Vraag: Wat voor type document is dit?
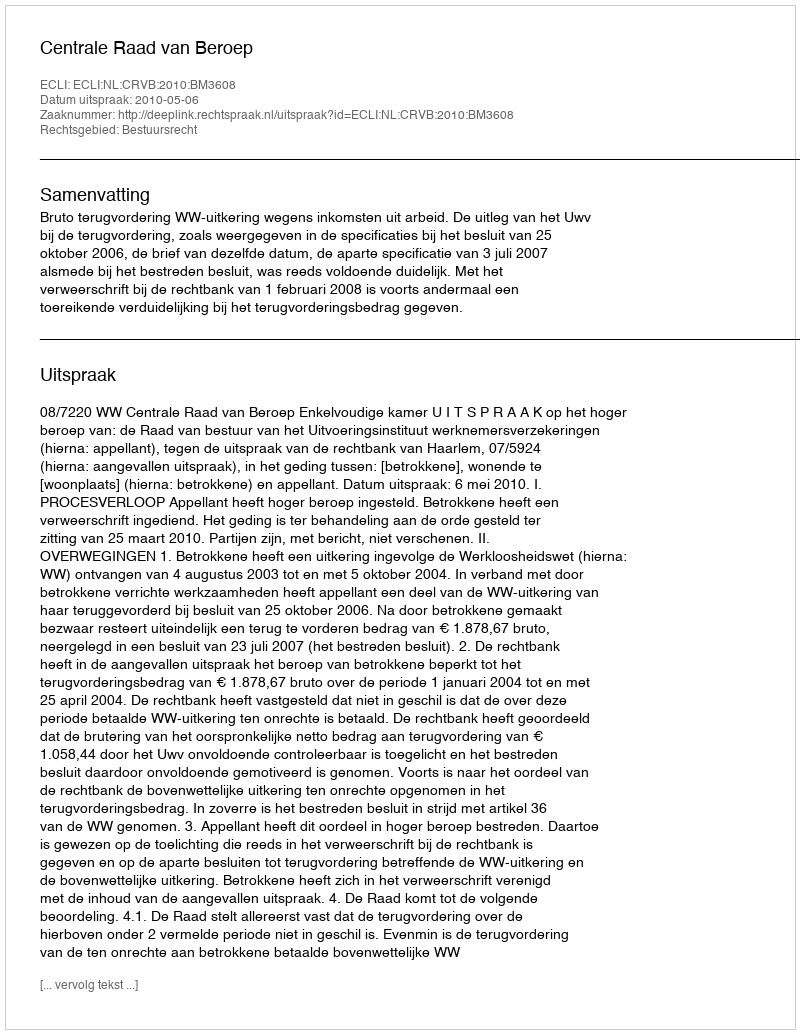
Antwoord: Uitspraak